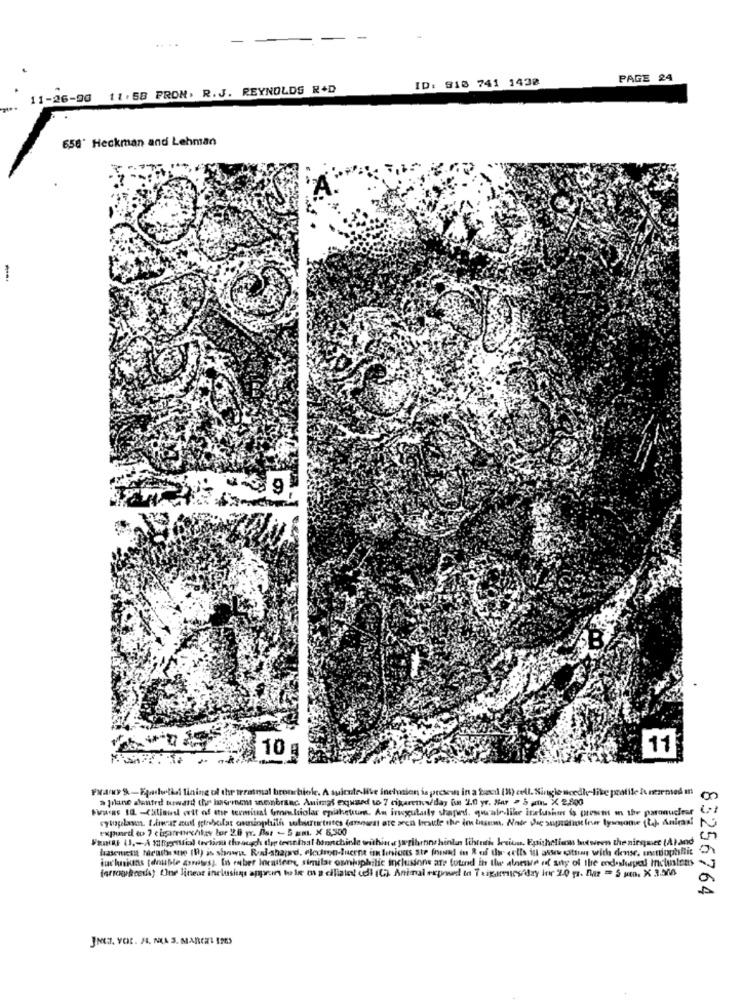
ID: 916 741 1438
PAGE 24
11-26-90 11.58 PRON, R.J. REYNOLDS R+D
6,56' Heckman and Lehman
-
10
11
Fraky'S-Eyehetkel tining of the treatmal bronchiol. A suintelive inclusion is prosein in a bad (W) cell. Single needle-like pratile Anermed in
a jiane dentre toward (hu hnerinen snonbranc. Animat expand to 7 cigaretteaday fin 2.0 yr. Mur > 3 ath X 2,800
exphard to ? chpurenechkas tor 22.0 yr. Ast - 5 am. X 8,500
FEINE (J. - A KRysical terticsu theacych dyp teenthal bonnchinle withist. yribrons hints fthruth Jesiun. Epithelium between the ningmet (A)and
inchniuns fonuble asretest In rober locatiees, similar osmjuphilic inclusione ate futind in the alnee of sity of the endashispel insuintens
83256764
JNE. VOL. H. MA 3. MARCEL ISES